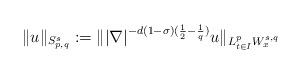
LaTeX: \begin{align*} \|u\|_{S^{s}_{p,q}}:=\||\nabla|^{-d(1-\sigma)(\frac{1}{2}-\frac{1}{q})}u\|_{L^p_{t\in I}W_{x}^{s,q}}\end{align*}